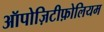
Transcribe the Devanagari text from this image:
ऑपोज़िटीफ़ोलियम